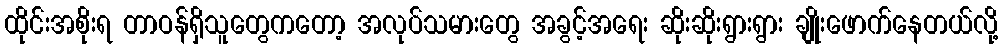
ထိုင်းအစိုးရ တာဝန်ရှိသူတွေကတော့ အလုပ်သမားတွေ အခွင့်အရေး ဆိုးဆိုးရွားရွား ချိုးဖောက်နေတယ်လို့